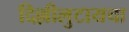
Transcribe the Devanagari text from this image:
दिल्लीलुटायचा